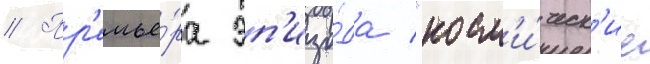
// Пр'емье́ра эп'изо́да "косм'и́ческ'ие